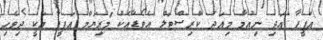
ޢަފީފާ އަދި ނިއުމާ މިއަދު ކްރިސްޓަލް އެވޯޑާއެކު މަރިޔަމް އަފީފާ އަކީ ދިވެހި